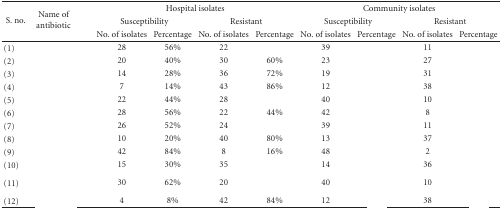
<table><thead><tr><td rowspan="3"><b> S. no.</b></td><td rowspan="3"><b> Name of antibiotic</b></td><td colspan="4"><b>Hospital isolates</b></td><td colspan="4"><b>Community isolates</b></td></tr><tr><td colspan="2"><b>Susceptibility</b></td><td colspan="2"><b>Resistant</b></td><td colspan="2"><b>Susceptibility</b></td><td colspan="2"><b>Resistant</b></td></tr><tr><td><b>No. of isolates</b></td><td><b>Percentage</b></td><td><b>No. of isolates</b></td><td><b>Percentage</b></td><td><b>No. of isolates</b></td><td><b>Percentage</b></td><td><b>No. of isolates</b></td><td><b>Percentage</b></td></tr></thead><tbody><tr><td>(1)</td><td>[EMPTY_CELL]</td><td>28</td><td>56%</td><td>22</td><td>[EMPTY_CELL]</td><td>39</td><td>[EMPTY_CELL]</td><td>11</td><td>[EMPTY_CELL]</td></tr><tr><td>(2)</td><td>[EMPTY_CELL]</td><td>20</td><td>40%</td><td>30</td><td>60%</td><td>23</td><td>[EMPTY_CELL]</td><td>27</td><td>[EMPTY_CELL]</td></tr><tr><td>(3)</td><td>[EMPTY_CELL]</td><td>14</td><td>28%</td><td>36</td><td>72%</td><td>19</td><td>[EMPTY_CELL]</td><td>31</td><td>[EMPTY_CELL]</td></tr><tr><td>(4)</td><td>[EMPTY_CELL]</td><td>7</td><td>14%</td><td>43</td><td>86%</td><td>12</td><td>[EMPTY_CELL]</td><td>38</td><td>[EMPTY_CELL]</td></tr><tr><td>(5)</td><td>[EMPTY_CELL]</td><td>22</td><td>44%</td><td>28</td><td>[EMPTY_CELL]</td><td>40</td><td>[EMPTY_CELL]</td><td>10</td><td>[EMPTY_CELL]</td></tr><tr><td>(6)</td><td>[EMPTY_CELL]</td><td>28</td><td>56%</td><td>22</td><td>44%</td><td>42</td><td>[EMPTY_CELL]</td><td>8</td><td>[EMPTY_CELL]</td></tr><tr><td>(7)</td><td>[EMPTY_CELL]</td><td>26</td><td>52%</td><td>24</td><td>[EMPTY_CELL]</td><td>39</td><td>[EMPTY_CELL]</td><td>11</td><td>[EMPTY_CELL]</td></tr><tr><td>(8)</td><td>[EMPTY_CELL]</td><td>10</td><td>20%</td><td>40</td><td>80%</td><td>13</td><td>[EMPTY_CELL]</td><td>37</td><td>[EMPTY_CELL]</td></tr><tr><td>(9)</td><td>[EMPTY_CELL]</td><td>42</td><td>84%</td><td>8</td><td>16%</td><td>48</td><td>[EMPTY_CELL]</td><td>2</td><td>[EMPTY_CELL]</td></tr><tr><td>(10)</td><td>[EMPTY_CELL]</td><td>15</td><td>30%</td><td>35</td><td>[EMPTY_CELL]</td><td>14</td><td>[EMPTY_CELL]</td><td>36</td><td>[EMPTY_CELL]</td></tr><tr><td>(11)</td><td>[EMPTY_CELL]</td><td>30</td><td>62%</td><td>20</td><td>[EMPTY_CELL]</td><td>40</td><td>[EMPTY_CELL]</td><td>10</td><td>[EMPTY_CELL]</td></tr><tr><td>(12)</td><td>[EMPTY_CELL]</td><td>4</td><td>8%</td><td>42</td><td>84%</td><td>12</td><td>[EMPTY_CELL]</td><td>38</td><td>[EMPTY_CELL]</td></tr></tbody></table>